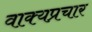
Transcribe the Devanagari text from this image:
वाक्यप्रचार